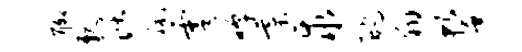
聊亲活秫雩嗥綦求酡翔誓